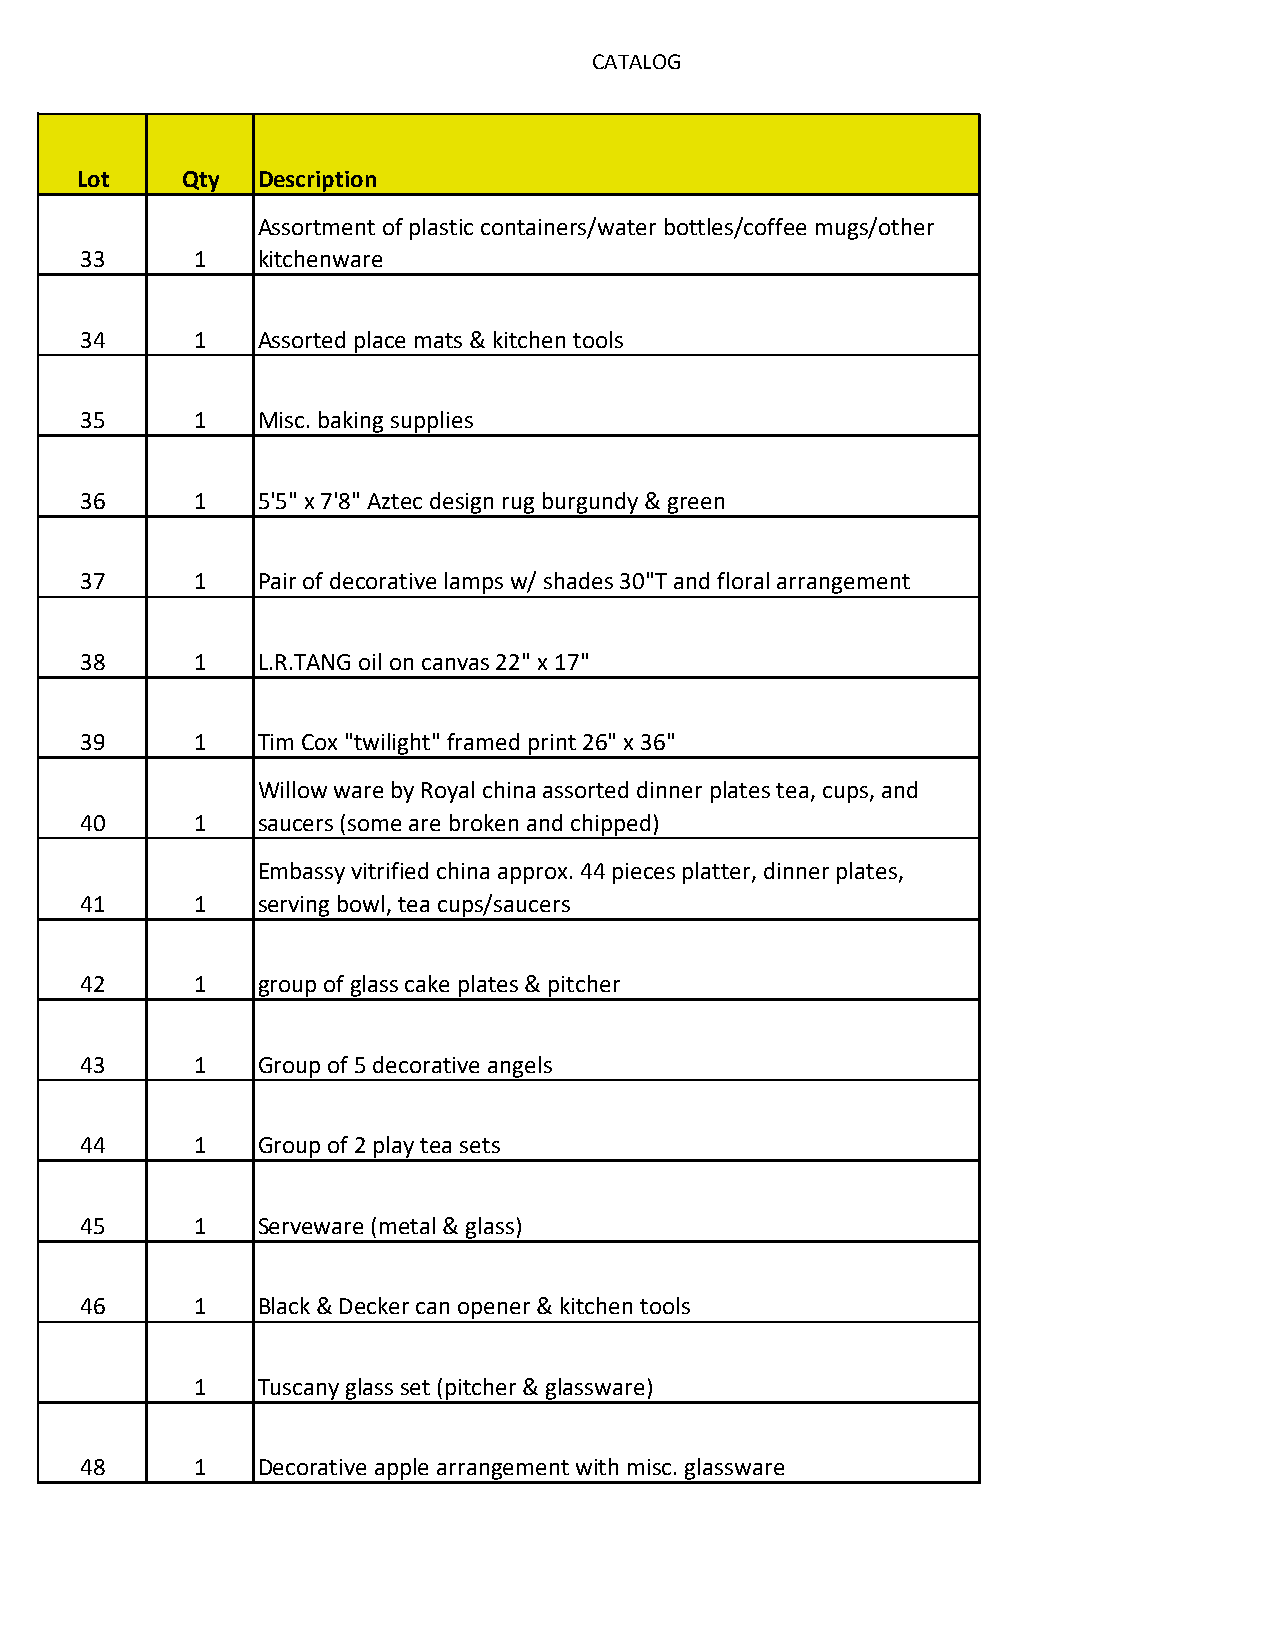
CATALOG
 Lot    Qty  Description
 Assortment of plastic containers/water bottles/coffee mugs/other
 33      1   kitchenware
 34      1   Assorted place mats & kitchen tools
 35      1   Misc. baking supplies
 36      1   5'5" x 7'8" Aztec design rug burgundy & green
 37      1   Pair of decorative lamps w/ shades 30"T and floral arrangement
 38      1   L.R.TANG oil on canvas 22" x 17"
 39      1   Tim Cox "twilight" framed print 26" x 36"
 Willow ware by Royal china assorted dinner plates tea, cups, and
 40      1   saucers (some are broken and chipped)
 Embassy vitrified china approx. 44 pieces platter, dinner plates,
 41      1   serving bowl, tea cups/saucers
 42      1   group of glass cake plates & pitcher
 43      1   Group of 5 decorative angels
 44      1   Group of 2 play tea sets
 45      1   Serveware (metal & glass)
 46      1   Black & Decker can opener & kitchen tools
 1   Tuscany glass set (pitcher & glassware)
 48      1   Decorative apple arrangement with misc. glassware